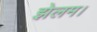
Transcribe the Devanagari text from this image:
झेलम।